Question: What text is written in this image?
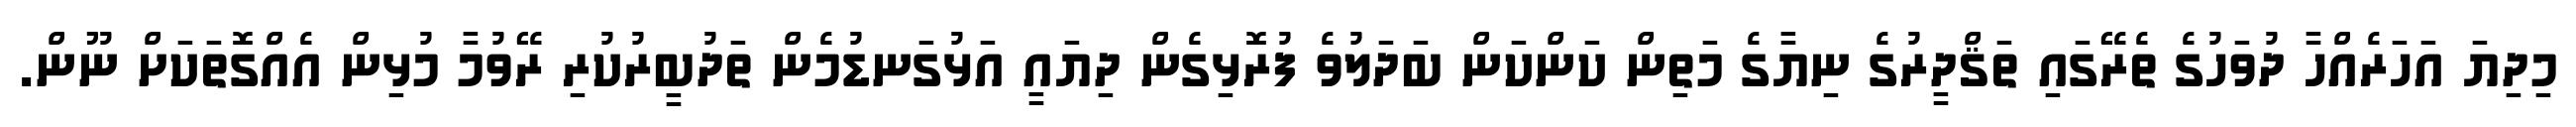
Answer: މިދިޔަ އަހަރެއްހާ ދުވަހުގެ ތެރޭގައި ތަޤްދީރުގެ ނިޔާގެ މަތިން ކަންކަން ބަދަލުވެ ފުރޮޅިގެން ދިޔައީ އަޅުގަނޑުމެން ތަދުބީރުކުރި ރޭވުމާ މުޅިން އެއްގޮތަކަށް ނޫން.